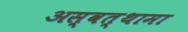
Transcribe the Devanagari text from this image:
अस्वत्थामा